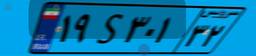
۸۹S۹۷۰۷۶